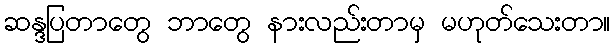
ဆန္ဒပြတာတွေ ဘာတွေ နားလည်းတာမှ မဟုတ်သေးတာ။